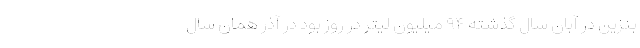
بنزین در آبان سال گذشته ۹۴ میلیون لیتر در روز بود در آذر همان سال